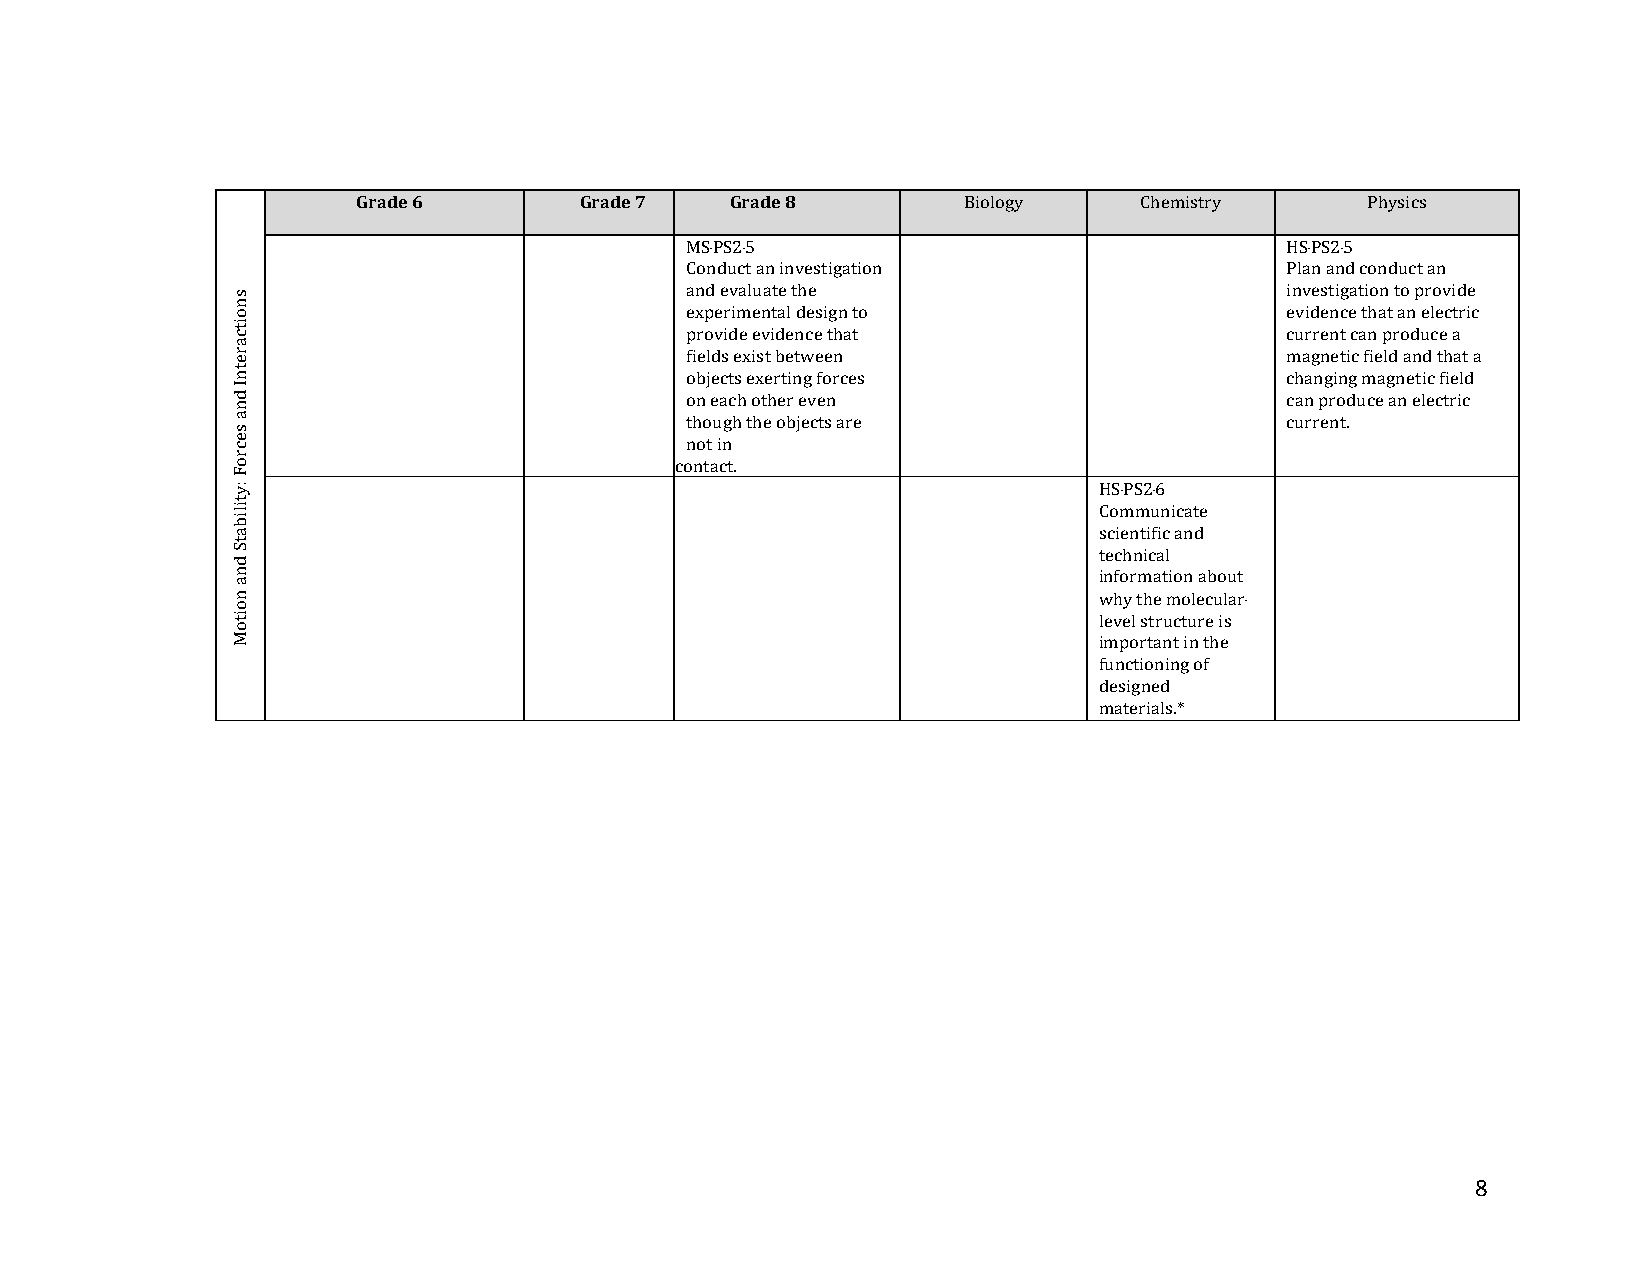
Grade 6       Grade 7   Grade 8         Biology    Chemistry      Physics
 MS‐PS2‐5                                HS‐PS2‐5
 Conduct an investigation                Plan and conduct an
 and evaluate the                        investigation to provide
 experimental design to                  evidence that an electric
 provide evidence that                   current can produce a
 fields exist between                    magnetic field and that a
 objects exerting forces                 changing magnetic field
 on each other even                      can produce an electric
 though the objects are                  current.
 not in
 contact.
 HS‐PS2‐6
 Communicate
 scientific and
 technical
 information about
 why the molecular‐
 level structure is
 important in the
 functioning of
 designed
 materials.*
 8
 snoitcaretnI
 dna
 secroF
 :ytilibatS
 dna
 noitoM